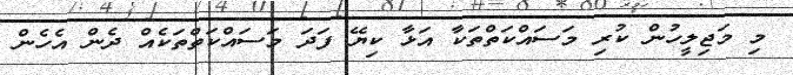
މި މަޖިލީހުން ކުރި މަސައްކަތްތަކާ އަޅާ ކިޔޭ ފަދަ މަސައްކަތްތަކެއް ދެން އެހެން